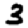
Digit: 3